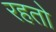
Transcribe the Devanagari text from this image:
रहतो